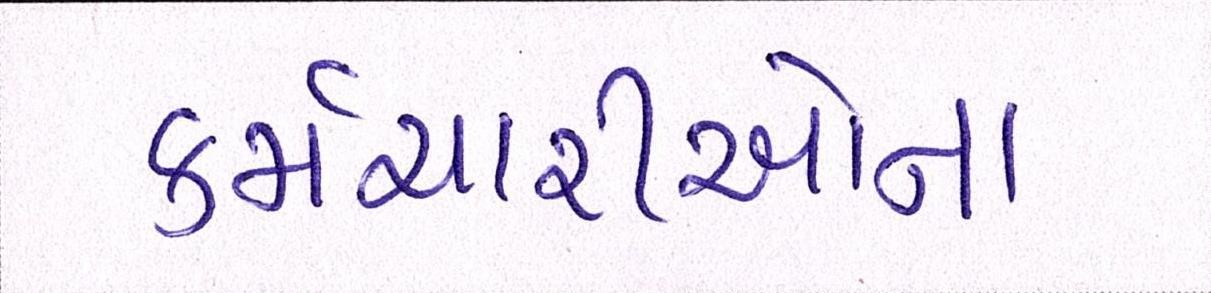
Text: કર્મચારીઓના